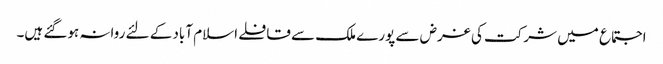
اجتماع میں شرکت کی غرض سے پورے ملک سے قافلے اسلام آباد کے لئے روانہ ہوگئے ہیں۔